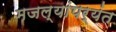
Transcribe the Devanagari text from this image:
मजल्यांपर्यंत